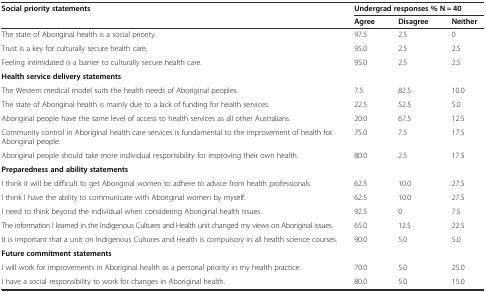
| <ROWSPAN=2> Social priority statements | <COLSPAN=3> Undergrad responses % N = 40 |
 | Agree | Disagree | Neither |
 | --- | --- | --- | --- |
 | The state of Aboriginal health is a social priority. | 97.5 | 2.5 | 0 |
 | Trust is a key for culturally secure health care. | 95.0 | 2.5 | 2.5 |
 | Feeling intimidated is a barrier to culturally secure health care. | 95.0 | 2.5 | 2.5 |
 | Health service delivery statements |  |  |  |
 | The Western medical model suits the health needs of Aboriginal peoples. | 7.5 | 82.5 | 10.0 |
 | The state of Aboriginal health is mainly due to a lack of funding for health services. | 22.5 | 52.5 | 5.0 |
 | Aboriginal people have the same level of access to health services as all other Australians. | 20.0 | 67.5 | 12.5 |
 | Community control in Aboriginal health care services is fundamental to the improvement of health for Aboriginal people. | 75.0 | 7.5 | 17.5 |
 | Aboriginal people should take more individual responsibility for improving their own health. | 80.0 | 2.5 | 17.5 |
 | Preparedness and ability statements |  |  |  |
 | I think it will be difficult to get Aboriginal women to adhere to advice from health professionals. | 62.5 | 10.0 | 27.5 |
 | I think I have the ability to communicate with Aboriginal women by myself. | 62.5 | 10.0 | 27.5 |
 | I need to think beyond the individual when considering Aboriginal health issues. | 92.5 | 0 | 7.5 |
 | The information I learned in the Indigenous Cultures and Health unit changed my views on Aboriginal issues. | 65.0 | 12.5 | 22.5 |
 | It is important that a unit on Indigenous Cultures and Health is compulsory in all health science courses. | 90.0 | 5.0 | 5.0 |
 | Future commitment statements |  |  |  |
 | I will work for improvements in Aboriginal health as a personal priority in my health practice. | 70.0 | 5.0 | 25.0 |
 | I have a social responsibility to work for changes in Aboriginal health. | 80.0 | 5.0 | 15.0 |